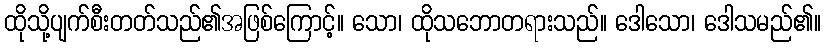
ထိုသို့ပျက်စီးတတ်သည်၏အဖြစ်ကြောင့်။ သော၊ ထိုသဘောတရားသည်။ ဒေါသော၊ ဒေါသမည်၏။